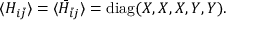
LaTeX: \langle H _ { i \bar { j } } \rangle = \langle \bar { H } _ { \bar { i } j } \rangle = \mathrm { d i a g } ( X , X , X , Y , Y ) .